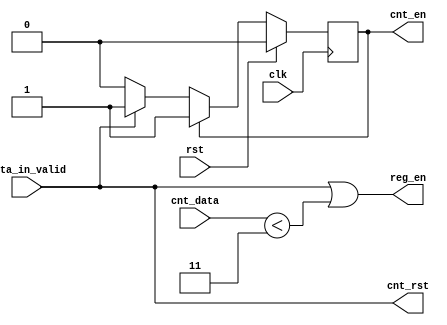
`timescale 1ns / 1ps

//compute p**q, where q=4


/* flip flop do tipo D com reset ativo no flanco ascendente*/

module control (
		//top interface
	input 	    clk,
	input 	    rst,
	input 	    data_in_valid,
		//counter interface 
	input [1:0] cnt_data,
	output 	    cnt_rst, cnt_en,
		//register interface
	output 	    reg_en
);


   
   
//state vars
   reg   state, state_nxt;
   
   //state register 
   always @ (posedge clk) begin
      if(rst)
	state <= 1'b0;
      else
	state <= state_nxt;
   end

   //state transition 
   always @* begin
      //defaults 
      
      state_nxt = state; /* Atualizao do estado */

      case (state)
	1'b0: //Init
	  if(data_in_valid) /* Entrada s  registada quando dat_in_valid = 1 */
	    state_nxt = 1'b1;
	default:;//Accumulate
      endcase    
   end 
   
   //counter management
   assign cnt_rst = data_in_valid;
   assign cnt_en = (state != 1'b0); /* O enable est ativo se o state for diferente de 0 */

   //register management
   assign reg_en = data_in_valid | (cnt_data < 2'd3); /* reg_en ativo se data_in_valid = 1 ou cnt_data no estiver cheio */
   

endmodule